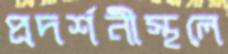
প্রদর্শনীস্থলে